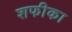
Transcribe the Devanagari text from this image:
शफीका